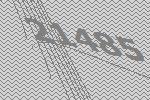
21485